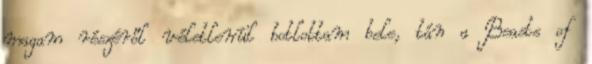
magam részéről véletlenül botlottam bele, tán a Beasts of